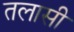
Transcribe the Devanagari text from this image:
तलासी